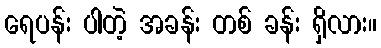
ရေပန်း ပါတဲ့ အခန်း တစ် ခန်း ရှိလား။